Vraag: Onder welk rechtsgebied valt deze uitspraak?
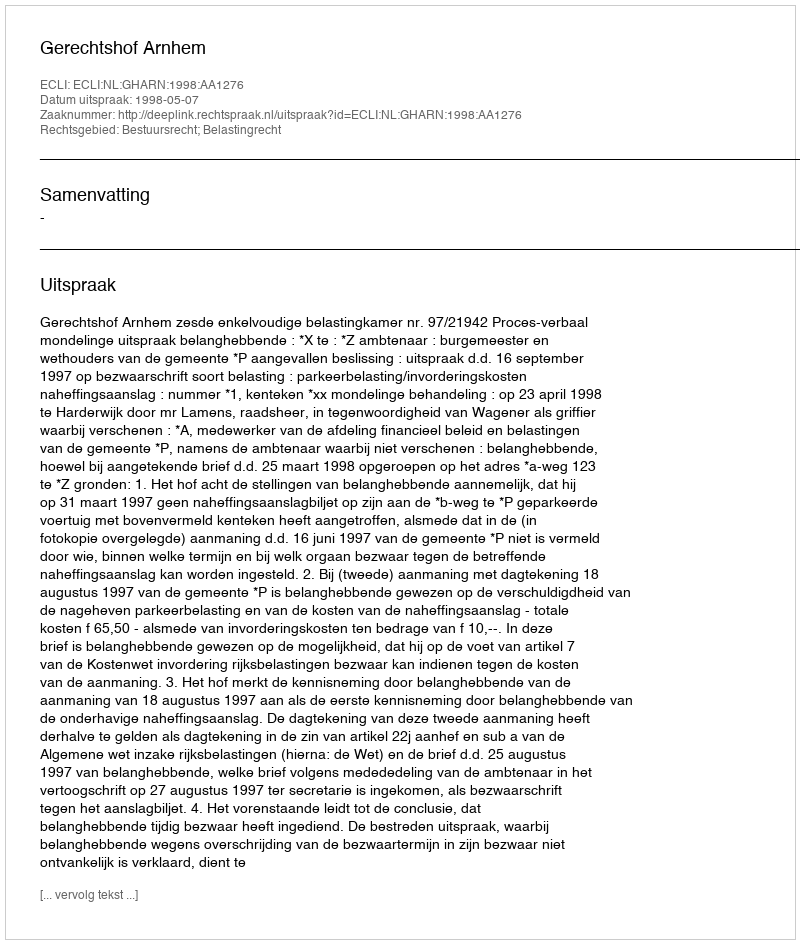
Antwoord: Bestuursrecht; Belastingrecht